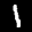
Label: 1